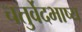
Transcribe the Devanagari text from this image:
चतुर्वेदभाष्य